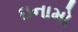
ઇનામો